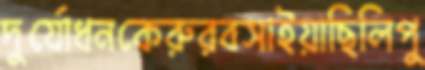
দুর্যোধনকেরুরবসাইয়াছিলিপু